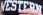
WESTERN